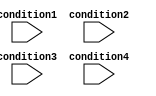
module parallel_case_statement (
    input wire condition1,
    input wire condition2,
    input wire condition3,
    input wire condition4
);

reg [1:0] state;

always @*
begin
    case ({condition4, condition3, condition2, condition1})
        4'b0000: state <= 2'b00; // Do something when condition4=0, condition3=0, condition2=0, condition1=0
        4'b0001: state <= 2'b01; // Do something when condition4=0, condition3=0, condition2=0, condition1=1
        4'b0010: state <= 2'b10; // Do something when condition4=0, condition3=0, condition2=1, condition1=0
        4'b0011: state <= 2'b11; // Do something when condition4=0, condition3=0, condition2=1, condition1=1
        // add more case items as needed
    endcase
end

endmodule